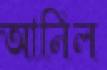
আনিল